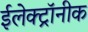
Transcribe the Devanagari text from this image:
ईलेक्ट्रॉनीक